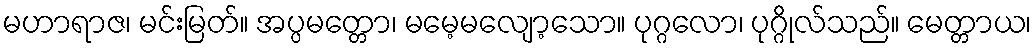
မဟာရာဇ၊ မင်းမြတ်။ အပ္ပမတ္တော၊ မမေ့မလျော့သော။ ပုဂ္ဂလော၊ ပုဂ္ဂိုလ်သည်။ မေတ္တာယ၊